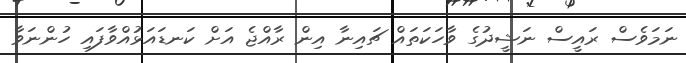
ނަމަވެސް ރައީސް ނަޝީދުގެ ވާހަކަތައް ޗައިނާ އިން ރާއްޖެ އަށް ކަނޑައަޅުއްވާފައި ހުންނަވާ